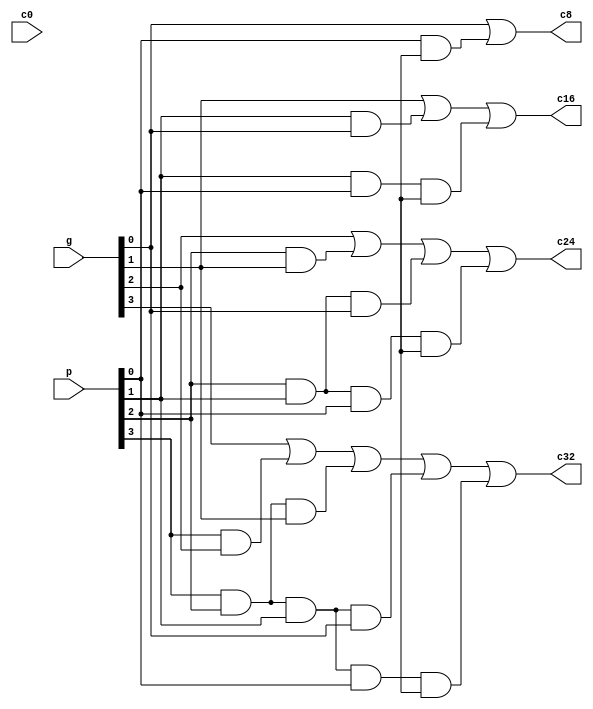
module second_lvl_cla(c0, g, p, c8, c16, c24, c32);

input c0;
input [3:0] g, p;

output c8, c16, c24, c32;

//c1=g0|(p0&cin),
wire w1;
and(w1, p[0], cin);
or(c8, g[0], w1);

//c2=g1|(p1&g0)|(p1&p0&cin),
wire [1:0] w2;
and(w2[0], p[1], g[0]);
and(w2[1], p[1], p[0], cin);
or(c16, g[1], w2[0], w2[1]);

//c3=g2|(p2&g1)|(p2&p1&g0)|(p2&p1&p0&cin),
wire [2:0] w3;
and(w3[0], p[2], g[1]);
and(w3[1], p[2], p[1], g[0]);
and(w3[2], p[2], p[1], p[0], cin);
or(c24, g[2], w3[0], w3[1], w3[2]);

//c4=g3|(p3&g2)|(p3&p2&g1)|(p3&p2&p1&g0)|(p3&p2&p1&p0&cin);
wire [3:0] w4;
and(w4[0], p[3], g[2]);
and(w4[1], p[3], p[2], g[1]);
and(w4[2], p[3], p[2], p[1], g[0]);
and(w4[3], p[3], p[2], p[1], p[0], cin);
or(c32, g[3], w4[0], w4[1], w4[2], w4[3]);

endmodule